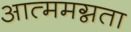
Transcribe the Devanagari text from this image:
आत्ममग्नता